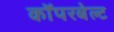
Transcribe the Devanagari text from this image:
कॉपरबेल्ट